Report on vaccination in Madras 1922-1929 - 1922-1929
Year: 1922
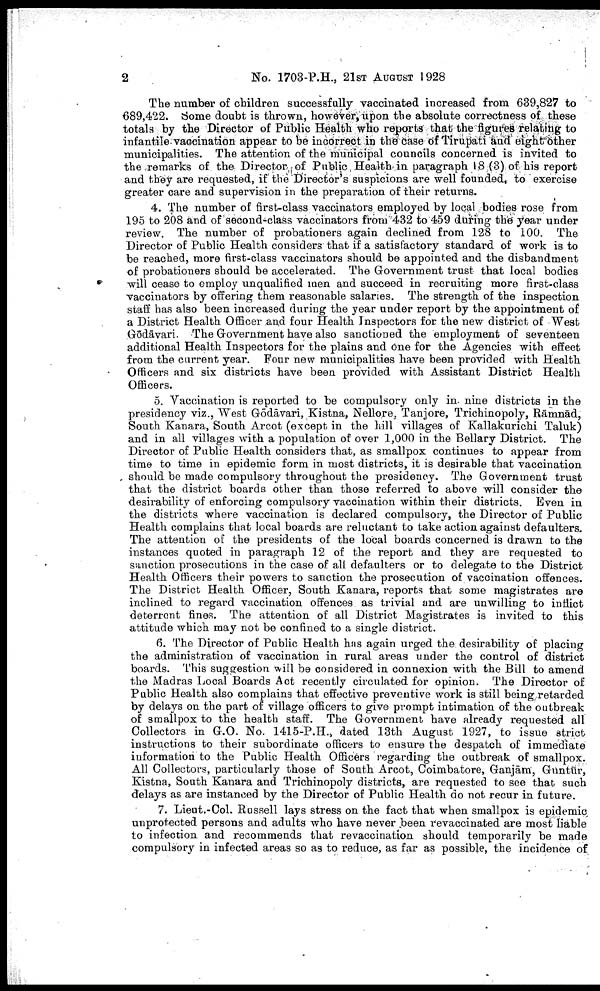
2
No. 1703-P.H., 21ST AUGUST 1928
The number of children successfully vaccinated increased from 639,827 to
689,422. Some doubt is thrown, however, upon the absolute correctness of these
totals by the Director of Public Health who reports that the figures relating to
infantile vaccination appear to be incorrect in the case of Tirupati and eight other
municipalities. The attention of the municipal councils concerned is invited to
the remarks of the Director of Public Health in paragraph 18 (3) of his report
and they are requested, if the Director's suspicions are well founded, to exercise
greater care and supervision in the preparation of their returns.
4. The number of first-class vaccinators employed by local bodies rose from
195 to 208 and of second-class vaccinators from 432 to 459 during the year under
review. The number of probationers again declined from 128 to 100. The
Director of Public Health considers that if a satisfactory standard of work is to
be reached, more first-class vaccinators should be appointed and the disbandment
of probationers should be accelerated. The Government trust that local bodies
will cease to employ unqualified men and succeed in recruiting more first-class
vaccinators by offering them reasonable salaries. The strength of the inspection
staff has also been increased during the year under report by the appointment of
a District Health Officer and four Health Inspectors for the new district of West
Gōdāvari. The Government have also sanctioned the employment of seventeen
additional Health Inspectors for the plains and one for the Agencies with effect
from the current year. Four new municipalities have been provided with Health
Officers and six districts have been provided with Assistant District Health
Officers.
5. Vaccination is reported to be compulsory only in nine districts in the
presidency viz., West Gōdāvari, Kistna, Nellore, Tanjore, Trichinopoly, Rāmnād,
South Kanara, South Arcot (except in the hill villages of Kallakurichi Taluk)
and in all villages with a population of over 1,000 in the Bellary District. The
Director of Public Health considers that, as smallpox continues to appear from
time to time in epidemic form in most districts, it is desirable that vaccination
should be made compulsory throughout the presidency. The Government trust
that the district boards other than those referred to above will consider the
desirability of enforcing compulsory vaccination within their districts. Even in
the districts where vaccination is declared compulsory, the Director of Public
Health complains that local boards are reluctant to take action against defaulters.
The attention of the presidents of the local boards concerned is drawn to the
instances quoted in paragraph 12 of the report and they are requested to
sanction prosecutions in the case of all defaulters or to delegate to the District
Health Officers their powers to sanction the prosecution of vaccination offences.
The District Health Officer, South Kanara, reports that some magistrates are
inclined to regard vaccination offences as trivial and are unwilling to inflict
deterrent fines. The attention of all District Magistrates is invited to this
attitude which may not be confined to a single district.
6. The Director of Public Health has again urged the desirability of placing
the administration of vaccination in rural areas under the control of district
boards. This suggestion will be considered in connexion with the Bill to amend
the Madras Local Boards Act recently circulated for opinion. The Director of
Public Health also complains that effective preventive work is still being retarded
by delays on the part of village officers to give prompt intimation of the outbreak
of smallpox to the health staff. The Government have already requested all
Collectors in G.O. No. 1415-P.H., dated 13th August 1927, to issue strict
instructions to their subordinate officers to ensure the despatch of immediate
information to the Public Health Officers regarding the outbreak of smallpox.
All Collectors, particularly those of South Arcot, Coimbatore, Ganjām, Guntūr,
Kistna, South Kanara and Trichinopoly districts, are requested to see that such
delays as are instanced by the Director of Public Health do not recur in future.
7. Lieut.-Col. Russell lays stress on the fact that when smallpox is epidemic
unprotected persons and adults who have never been revaccinated are most liable
to infection and recommends that revaccination should temporarily be made
compulsory in infected areas so as to reduce, as far as possible, the incidence of